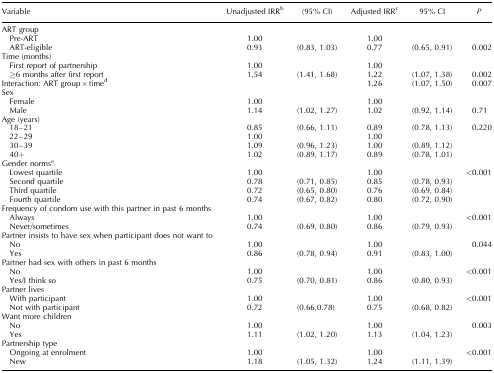
<table><thead><tr><td><b>Variable</b></td><td><b>Unadjusted IRR<sup>b</sup></b></td><td><b>(95% CI)</b></td><td><b>Adjusted IRR<sup>c</sup></b></td><td><b>95% CI</b></td><td><b><i>P</i></b></td></tr></thead><tbody><tr><td>ART group</td><td></td><td></td><td></td><td></td><td></td></tr><tr><td> Pre-ART</td><td>1.00</td><td></td><td>1.00</td><td></td><td></td></tr><tr><td> ART-eligible</td><td>0.93</td><td>(0.83, 1.03)</td><td>0.77</td><td>(0.65, 0.91)</td><td>0.002</td></tr><tr><td>Time (months)</td><td></td><td></td><td></td><td></td><td></td></tr><tr><td> First report of partnership</td><td>1.00</td><td></td><td>1.00</td><td></td><td></td></tr><tr><td> ≥6 months after first report</td><td>1.54</td><td>(1.41, 1.68)</td><td>1.22</td><td>(1.07, 1.38)</td><td>0.002</td></tr><tr><td>Interaction: ART group × time<sup>d</sup></td><td></td><td></td><td>1.26</td><td>(1.07, 1.50)</td><td>0.007</td></tr><tr><td>Sex</td><td></td><td></td><td></td><td></td><td></td></tr><tr><td> Female</td><td>1.00</td><td></td><td>1.00</td><td></td><td></td></tr><tr><td> Male</td><td>1.14</td><td>(1.02, 1.27)</td><td>1.02</td><td>(0.92, 1.14)</td><td>0.71</td></tr><tr><td>Age (years)</td><td></td><td></td><td></td><td></td><td></td></tr><tr><td> 18–21</td><td>0.85</td><td>(0.66, 1.11)</td><td>0.89</td><td>(0.78, 1.13)</td><td>0.220</td></tr><tr><td> 22–29</td><td>1.00</td><td></td><td>1.00</td><td></td><td></td></tr><tr><td> 30–39</td><td>1.09</td><td>(0.96, 1.23)</td><td>1.00</td><td>(0.89, 1.12)</td><td></td></tr><tr><td> 40+</td><td>1.02</td><td>(0.89, 1.17)</td><td>0.89</td><td>(0.78, 1.01)</td><td></td></tr><tr><td>Gender norms<sup>e</sup></td><td></td><td></td><td></td><td></td><td></td></tr><tr><td> Lowest quartile</td><td>1.00</td><td></td><td>1.00</td><td></td><td>&lt;0.001</td></tr><tr><td> Second quartile</td><td>0.78</td><td>(0.71, 0.85)</td><td>0.85</td><td>(0.78, 0.93)</td><td></td></tr><tr><td> Third quartile</td><td>0.72</td><td>(0.65, 0.80)</td><td>0.76</td><td>(0.69, 0.84)</td><td></td></tr><tr><td> Fourth quartile</td><td>0.74</td><td>(0.67, 0.82)</td><td>0.80</td><td>(0.72, 0.90)</td><td></td></tr><tr><td>Frequency of condom use with this partner in past 6 months</td><td></td><td></td><td></td><td></td><td></td></tr><tr><td> Always</td><td>1.00</td><td></td><td>1.00</td><td></td><td>&lt;0.001</td></tr><tr><td> Never/sometimes</td><td>0.74</td><td>(0.69, 0.80)</td><td>0.86</td><td>(0.79, 0.93)</td><td></td></tr><tr><td>Partner insists to have sex when participant does not want to</td><td></td><td></td><td></td><td></td><td></td></tr><tr><td> No</td><td>1.00</td><td></td><td>1.00</td><td></td><td>0.044</td></tr><tr><td> Yes</td><td>0.86</td><td>(0.78, 0.94)</td><td>0.91</td><td>(0.83, 1.00)</td><td></td></tr><tr><td>Partner had sex with others in past 6 months</td><td></td><td></td><td></td><td></td><td></td></tr><tr><td> No</td><td>1.00</td><td></td><td>1.00</td><td></td><td>&lt;0.001</td></tr><tr><td> Yes/I think so</td><td>0.75</td><td>(0.70, 0.81)</td><td>0.86</td><td>(0.80, 0.93)</td><td></td></tr><tr><td>Partner lives</td><td></td><td></td><td></td><td></td><td></td></tr><tr><td> With participant</td><td>1.00</td><td></td><td>1.00</td><td></td><td>&lt;0.001</td></tr><tr><td> Not with participant</td><td>0.72</td><td>(0.66,0.78)</td><td>0.75</td><td>(0.68, 0.82)</td><td></td></tr><tr><td>Want more children</td><td></td><td></td><td></td><td></td><td></td></tr><tr><td> No</td><td>1.00</td><td></td><td>1.00</td><td></td><td>0.003</td></tr><tr><td> Yes</td><td>1.11</td><td>(1.02, 1.20)</td><td>1.13</td><td>(1.04, 1.23)</td><td></td></tr><tr><td>Partnership type</td><td></td><td></td><td></td><td></td><td></td></tr><tr><td> Ongoing at enrolment</td><td>1.00</td><td></td><td>1.00</td><td></td><td>&lt;0.001</td></tr><tr><td> New</td><td>1.18</td><td>(1.05, 1.32)</td><td>1.24</td><td>(1.11, 1.39)</td><td></td></tr></tbody></table>